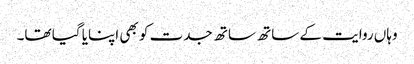
وہاں روایت کے ساتھ ساتھ جدت کو بھی اپنایا گیا تھا۔